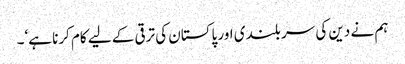
ہم نے دین کی سر بلندی اور پاکستان کی ترقی کے لیے کام کرنا ہے‘۔